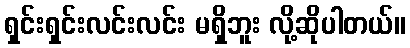
ရှင်းရှင်းလင်းလင်း မရှိဘူး လို့ဆိုပါတယ်။